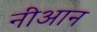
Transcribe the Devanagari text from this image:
नीआन